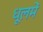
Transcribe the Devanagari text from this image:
धूलमें